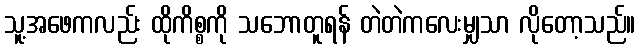
သူ့အဖေကလည်း ထိုကိစ္စကို သဘောတူရန် တဲတဲကလေးမျှသာ လိုတော့သည်။